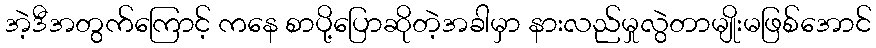
အဲ့ဒီအတွက်ကြောင့် ကနေ စာပို့ပြောဆိုတဲ့အခါမှာ နားလည်မှုလွဲတာမျိုးမဖြစ်အောင်